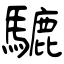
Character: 騼